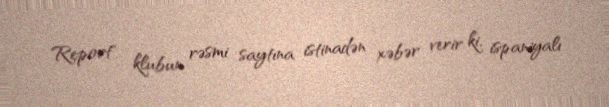
Report" klubun rəsmi saytına istinadən xəbər verir ki, ispaniyalı